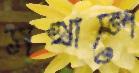
সখালে